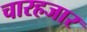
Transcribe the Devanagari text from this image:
चारहजार